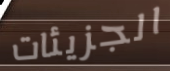
الجزيئات